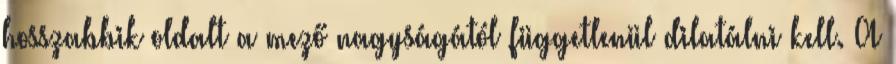
hosszabbik oldalt a mező nagyságától függetlenül dilatálni kell. A